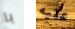
يا عليه